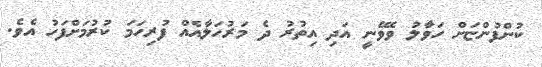
ކުންފުންޏަށް ހަވާލު ވެވޭނީ އަދި އިތުރު ދެ މަރުހަލާއެއް ފުރިހަމަ ކުރުމަށްފަހު އެވެ.